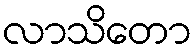
လာသိတော